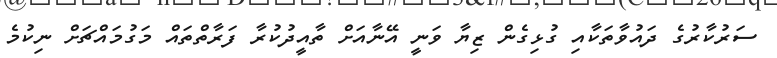
ސަރުކާރުގެ ދައުވާތަކާއި ގުޅިގެން ޒިޔާ ވަނީ އޭނާއަށް ތާއީދުކުރާ ފަރާތްތައް މަގުމައްޗަށް ނިކުމެ